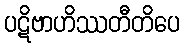
ပဋိဗာဟိဿတီတိပေ